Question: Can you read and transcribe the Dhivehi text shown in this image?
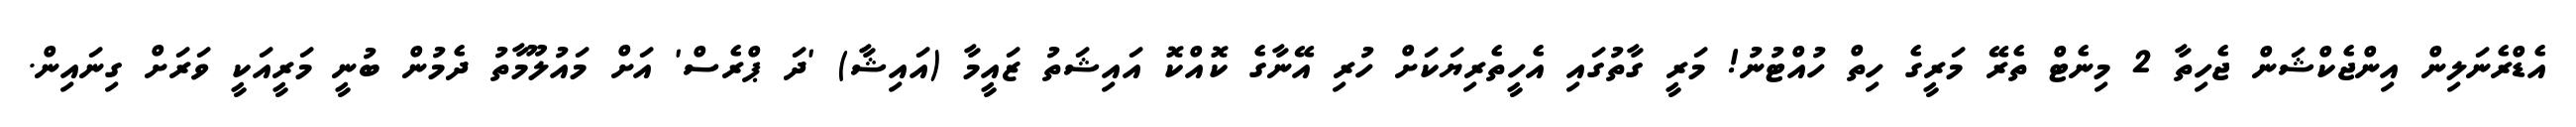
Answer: އެޑްރެނަލިން އިންޖެކްޝަން ޖެހިތާ 2 މިނެޓް ތެރޭ މަރީގެ ހިތް ހުއްޓުނު! މަރީ ގާތުގައި އެހީތެރިޔަކަށް ހުރި އޭނާގެ ކޮއްކޮ އައިޝަތު ޒައީމާ (އައިޝާ) 'ދަ ޕްރެސް' އަށް މައުލޫމާތު ދެމުން ބުނީ މަރީއަކީ ވަރަށް ގިނައިން.